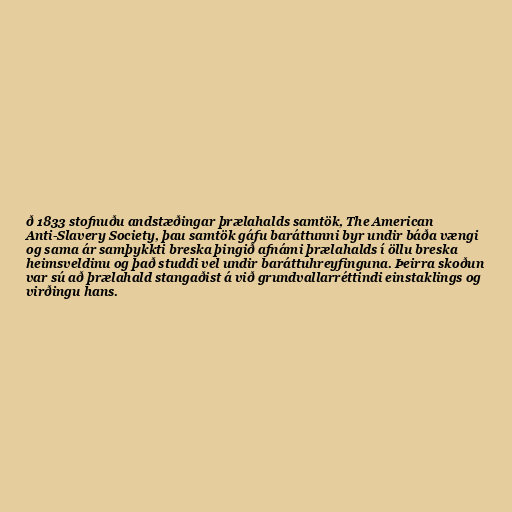
ð 1833 stofnuðu andstæðingar þrælahalds samtök, The American
Anti-Slavery Society, þau samtök gáfu baráttunni byr undir báða vængi
og sama ár samþykkti breska þingið afnámi þrælahalds í öllu breska
heimsveldinu og það studdi vel undir baráttuhreyfinguna. Þeirra skoðun
var sú að þrælahald stangaðist á við grundvallarréttindi einstaklings og
virðingu hans.